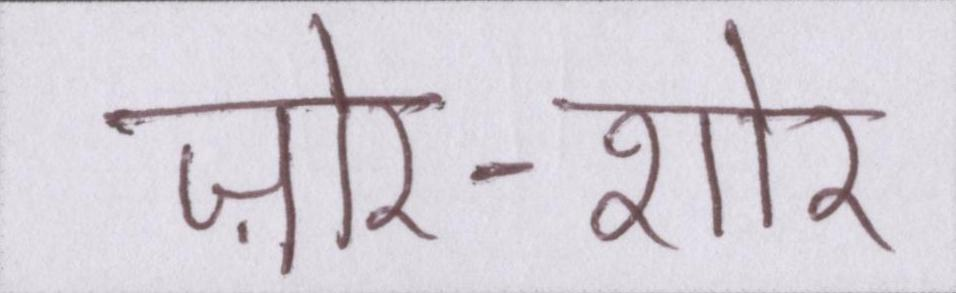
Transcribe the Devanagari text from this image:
ज़ोर-शोर